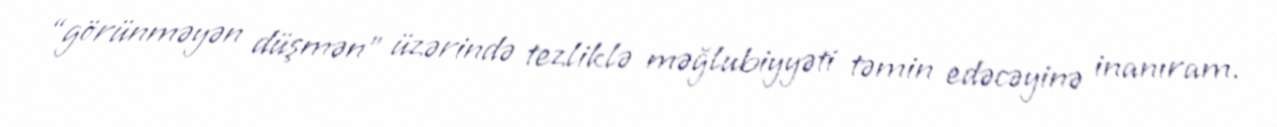
“görünməyən düşmən” üzərində tezliklə məğlubiyyəti təmin edəcəyinə inanıram.